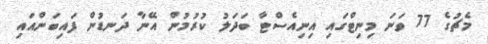
މެޗުގެ 77 ވަނަ މިނިޓްގައި އިނިއެސްޓާ ބަދަލު ކުރުމުން އޭނާ ދަނޑުން ފައިބަންއައި